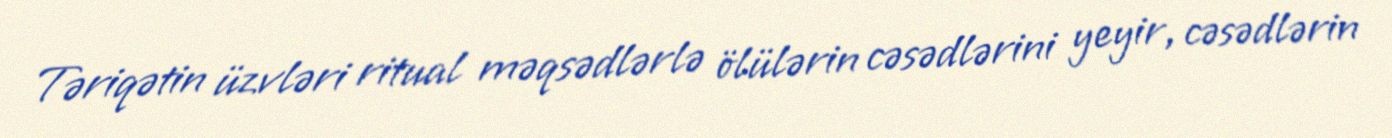
Təriqətin üzvləri ritual məqsədlərlə ölülərin cəsədlərini yeyir, cəsədlərin